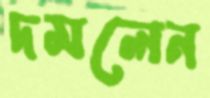
দমলেন